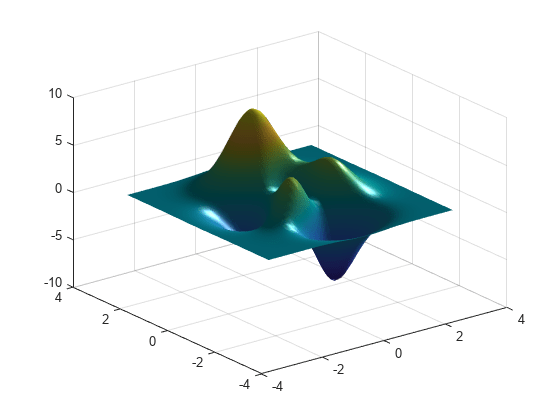
matlab, surf, light, lighting